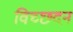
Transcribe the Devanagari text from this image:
विच्छदन